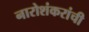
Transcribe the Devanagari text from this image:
नारोशंकरांची